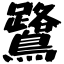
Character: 鷺